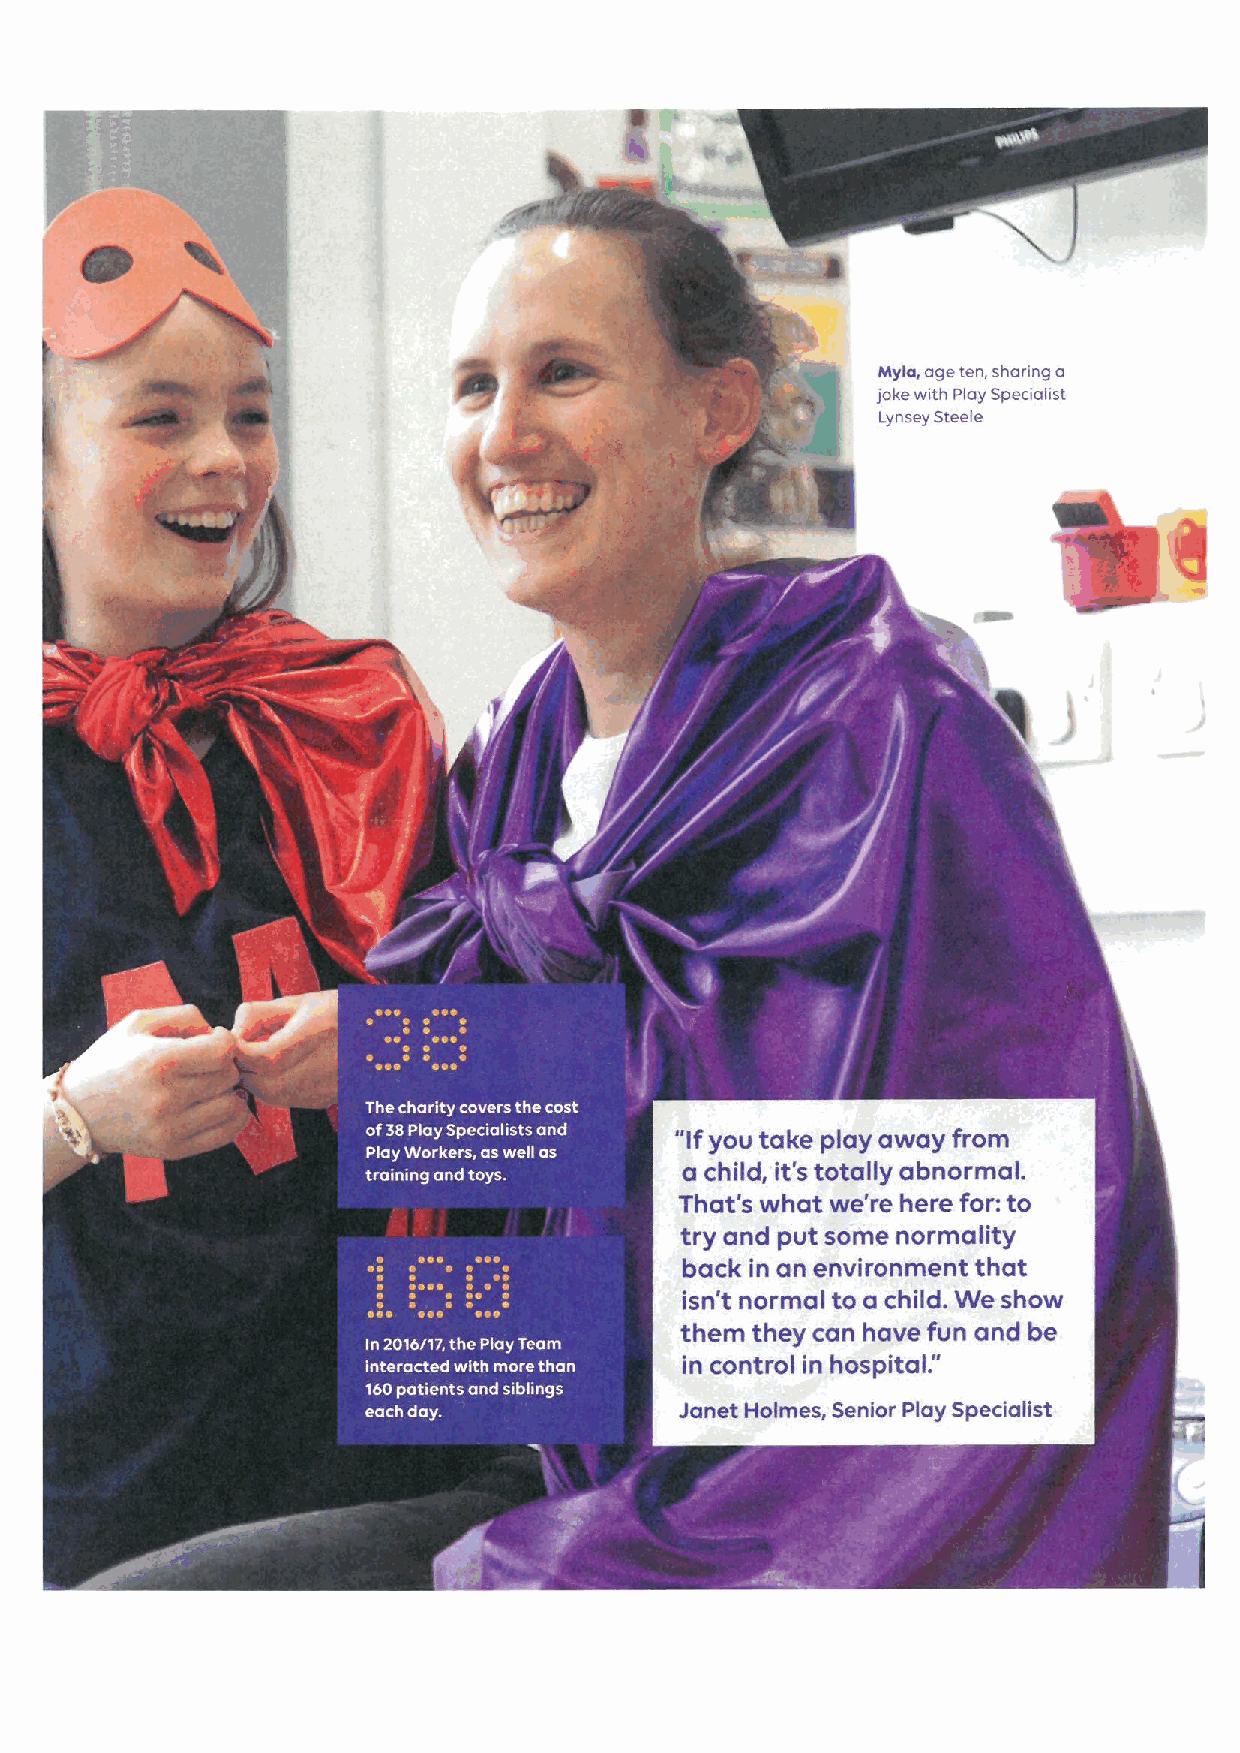
Myla, age ten, sharing a
 jokewith Play Specialist
 Lynsey Steele
 "If you take play away from
 a child, it's totally abnormal.
 That's what we' re here for:to
 try and put some normality
 back in an environment that
 isn't normal to a child. We show
 them they can have fun and be
 "
 in control in hospital.
 Janet Holmes, Senior Play Specialist